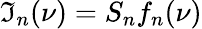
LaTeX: \mathfrak{I}_{n}(\nu)=S_{n}f_{n}(\nu)